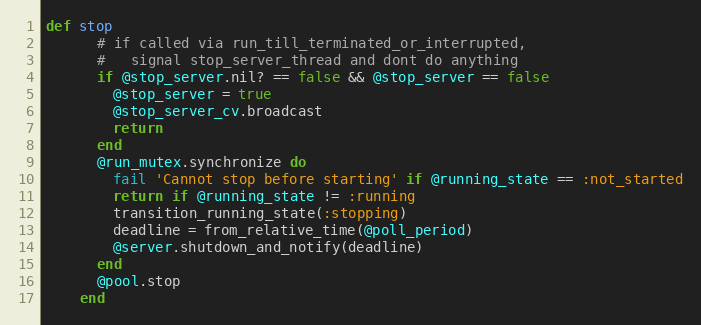
Language: Ruby
def stop
      # if called via run_till_terminated_or_interrupted,
      #   signal stop_server_thread and dont do anything
      if @stop_server.nil? == false && @stop_server == false
        @stop_server = true
        @stop_server_cv.broadcast
        return
      end
      @run_mutex.synchronize do
        fail 'Cannot stop before starting' if @running_state == :not_started
        return if @running_state != :running
        transition_running_state(:stopping)
        deadline = from_relative_time(@poll_period)
        @server.shutdown_and_notify(deadline)
      end
      @pool.stop
    end